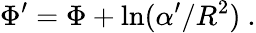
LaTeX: \Phi^{\prime}=\Phi+\mathrm{ln}(\alpha^{\prime}/R^{2})\ .